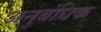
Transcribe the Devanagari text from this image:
अनुबंधिक